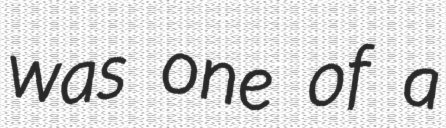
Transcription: was one of a